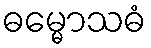
ဓမ္မောသဓံ